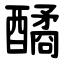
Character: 䤎